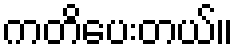
ကတိပေးတယ်။